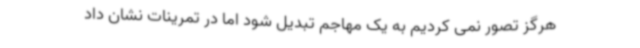
هرگز تصور نمی کردیم به یک مهاجم تبدیل شود اما در تمرینات نشان داد